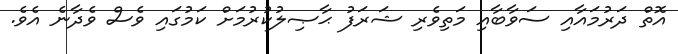
އޮތް ދަރުމައާއި ސަވާބާއި މަތިވެރި ޝަރަފު ޙާޞިލުކުރުމަށް ކަމުގައި ވެސް ވެދާނެ އެވެ.